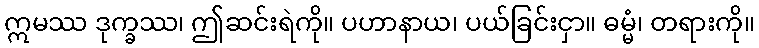
ဣမဿ ဒုက္ခဿ၊ ဤဆင်းရဲကို။ ပဟာနာယ၊ ပယ်ခြင်းငှာ။ ဓမ္မံ၊ တရားကို။